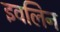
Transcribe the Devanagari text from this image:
इवलिन